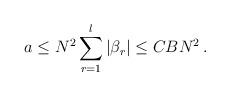
LaTeX: \begin{align*}a \le N^2\sum_{r=1}^l |\beta_r|\le C B N^2\, .\end{align*}